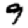
Digit: 9